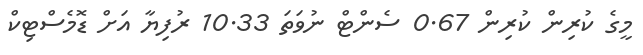
މީގެ ކުރިން ކުރިން 0.67 ސެންޓް ނުވަތަ 10.33 ރުފިޔާ އަށް ޑޮމެސްޓިކް